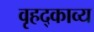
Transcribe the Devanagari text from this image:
वृहद्काव्य